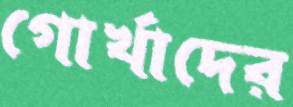
গোর্খাদের